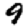
Digit: 9